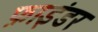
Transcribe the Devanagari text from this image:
फ़ाइंडर